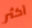
أكثر